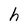
Character: h